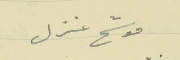
موشح غزل